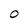
Character: o